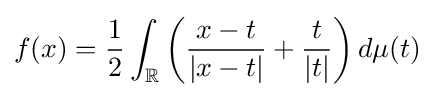
f(x)={\frac {1}{2}}\int _{\mathbb {R} }\left({\frac {x-t}{|x-t|}}+{\frac {t}{|t|}}\right)d\mu (t)